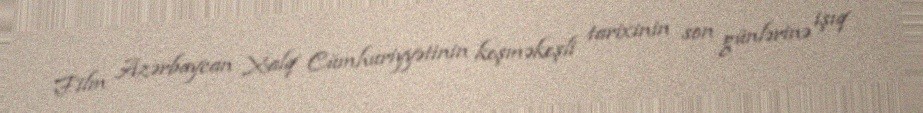
Film Azərbaycan Xalq Cümhuriyyətinin keşməkeşli tarixinin son günlərinə işıq